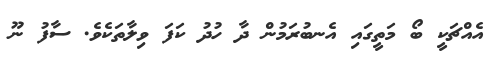
އެއްޗަކީ ބޯ މަތީގައި އެނބުރަމުން ދާ ހުދު ކަފަ ވިލާތަކެވެ. ސާފު ނޫ